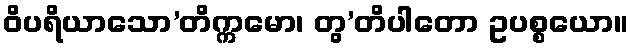
ဝိပရိယာသော’တိက္ကမော၊ တွ’တိပါတော ဥပစ္စယော။